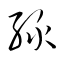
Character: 緑